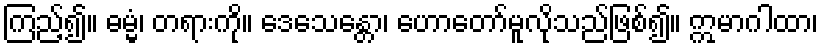
ကြည့်၍။ ဓမ္မံ၊ တရားကို။ ဒေသေန္တော၊ ဟောတော်မူလိုသည်ဖြစ်၍။ ဣမာဂါထာ၊